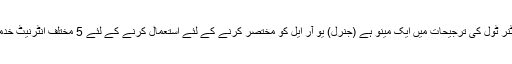
[شامل کریں] یو آر ایل شارٹنر ٹول کی ترجیحات میں ایک مینو ہے (جنرل) یو آر ایل کو مختصر کرنے کے لئے استعمال کرنے کے لئے 5 مختلف انٹرنیٹ خدمات میں سے انتخاب کریں۔